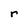
Character: r